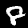
Digit: 8